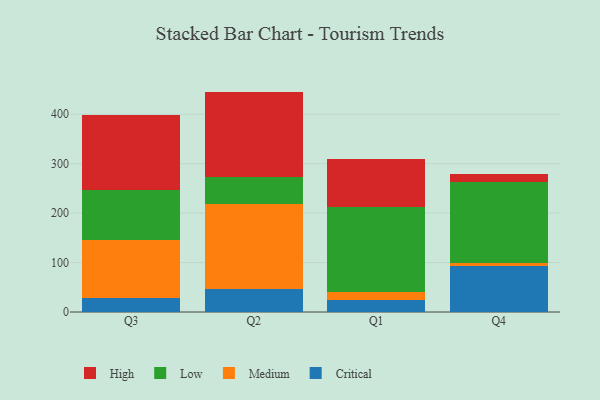
{"axis": {"x": "Quarter", "y": "Page Views"}, "legend": ["Critical", "High", "Low", "Medium"], "data": [{"x": "Q3", "y": 29.0, "type": "Critical"}, {"x": "Q3", "y": 117.1, "type": "Medium"}, {"x": "Q3", "y": 100.7, "type": "Low"}, {"x": "Q3", "y": 152.4, "type": "High"}, {"x": "Q2", "y": 45.6, "type": "Critical"}, {"x": "Q2", "y": 172.5, "type": "Medium"}, {"x": "Q2", "y": 54.3, "type": "Low"}, {"x": "Q2", "y": 173.4, "type": "High"}, {"x": "Q1", "y": 24.3, "type": "Critical"}, {"x": "Q1", "y": 17.1, "type": "Medium"}, {"x": "Q1", "y": 171.6, "type": "Low"}, {"x": "Q1", "y": 96.4, "type": "High"}, {"x": "Q4", "y": 92.5, "type": "Critical"}, {"x": "Q4", "y": 6.6, "type": "Medium"}, {"x": "Q4", "y": 163.6, "type": "Low"}, {"x": "Q4", "y": 15.6, "type": "High"}]}